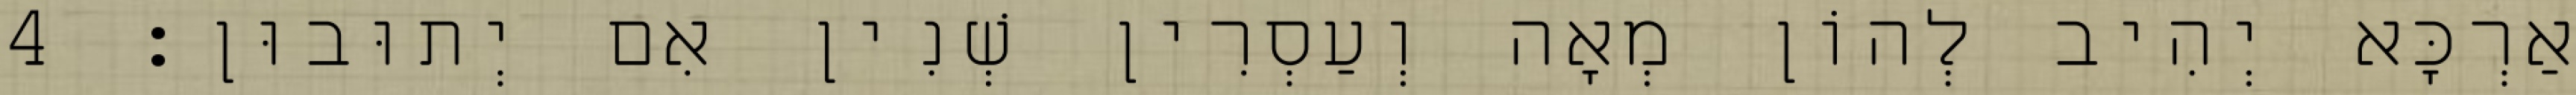
אַרְכָּא יְהִיב לְהוֹן מְאָה וְעַסְרִין שְׁנִין אִם יְתוּבוּן׃ 4